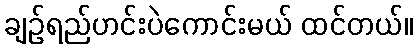
ချဉ်ရည်ဟင်းပဲကောင်းမယ် ထင်တယ်။